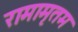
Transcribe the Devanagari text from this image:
रामामृतम